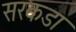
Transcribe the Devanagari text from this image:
सरकडा